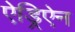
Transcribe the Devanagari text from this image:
ऐड्रिऐन